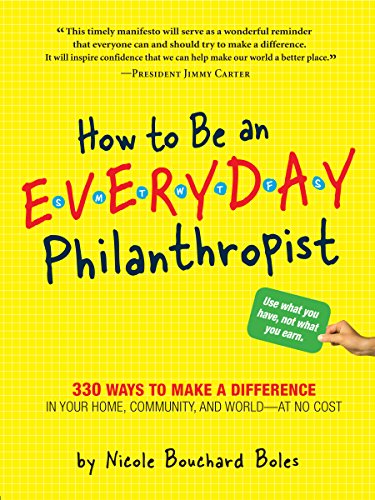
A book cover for How to Be an Everyday Philanthropist: 330 Ways to Make a Difference in Your Home, Community, and World - at No Cost!; Nicole Bouchard Boles; Business & Money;